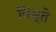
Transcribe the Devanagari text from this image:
विभूते